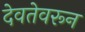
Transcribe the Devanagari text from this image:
देवतेवरून